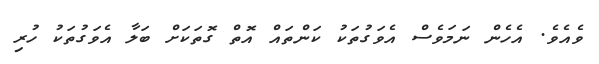
ވެއެވެ. އެހެން ނަމަވެސް އެވަގުތަކު ކަންތައް އޮތް ގޮތަކަށް ބަލާ އެވަގުތަކު ހުރި